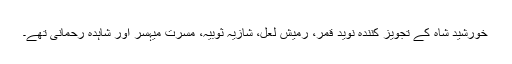
خورشید شاہ کے تجویز کنندہ نوید قمر، رمیش لعل، شازیہ ثوبیہ، مسرت میہسر اور شاہدہ رحمانی تھے۔